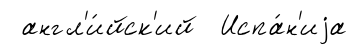
англ'и́йск'ий Испа́н'иjа